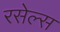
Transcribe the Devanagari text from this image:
रसेल्स